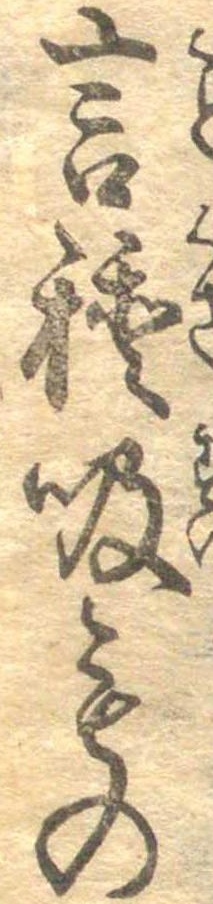
言種吸もの